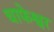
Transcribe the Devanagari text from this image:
चाफेश्वर